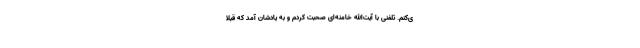
ى‌كنم. تلفنى با آیت‌الله خامنه‌اى صحبت‌ كردم و به‌ یادشان آمد كه قبلا